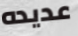
عديده